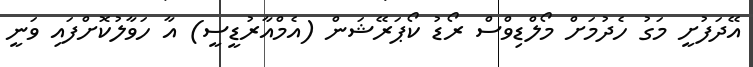
އޭދަފުށީ މަގު ހެދުމަށް މޯލްޑިވްސް ރޯޑު ކޯޕަރޭޝަން (އެމްއާރުޑީސީ) އާ ހަވާލުކޮށްފައި ވަނީ